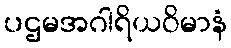
ပဌမအဂါရိယဝိမာနံ